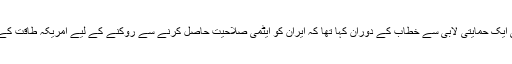
واضح رہے کہ رواں ہفتے بروز پیر امریکی صدر براک اوباما نے اسرائیل کی ایک حمایتی لابی سے خطاب کے دوران کہا تھا کہ ایران کو ایٹمی صلاحیت حاصل کرنے سے روکنے کے لیے امریکہ طاقت کے استعمال سے جھجکے گا نہیں لیکن سفارتکاری اب بھی کامیاب ہو سکتی ہے۔